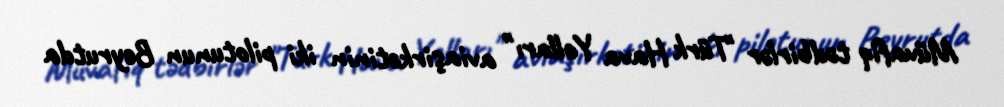
Müvafiq tədbirlər "Türk Hava Yolları" aviaşirkətinin iki pilotunun Beyrutda